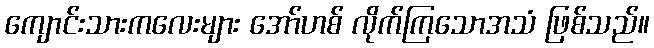
ကျောင်းသားကလေးများ အော်ဟစ် လိုက်ကြသောအသံ ဖြစ်သည်။